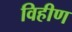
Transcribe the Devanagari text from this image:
विहीण